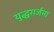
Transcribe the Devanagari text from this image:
युद्धगर्जना